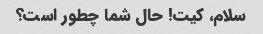
سلام، کیت! حال شما چطور است؟